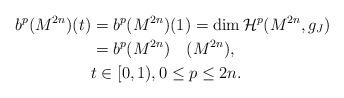
LaTeX: \begin{align*}b^p(M^{2n})(t)&=b^p(M^{2n})(1)=\dim\mathcal{H}^p (M^{2n},g_J)\\&=b^p(M^{2n})\quad(M^{2n}),\\ &t\in[0,1),0\leq p\leq 2n.\end{align*}